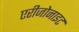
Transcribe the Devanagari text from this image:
एरीजोनाइट